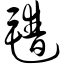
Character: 氆